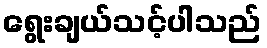
ရွေးချယ်သင့်ပါသည်